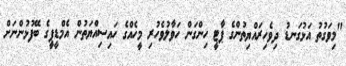
"މިވަގުތު އަޅުގަނޑު ދިވެހިރައްޔިތުންގެ ޕާޓީ ހިންގަން ހަވާލުވެހުރި މީހެއްގެ ހައިސިއްޔަތުން އެމްޑީޕީގެ ބޭފުޅުންނަށް